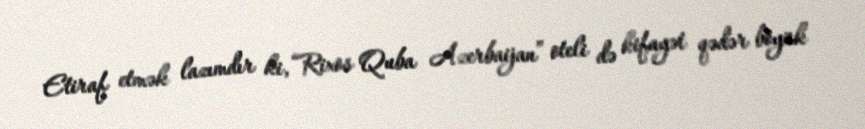
Etiraf etmək lazımdır ki, “Rixos Quba Azerbaijan” oteli də kifayət qədər böyük